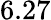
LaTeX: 6.27